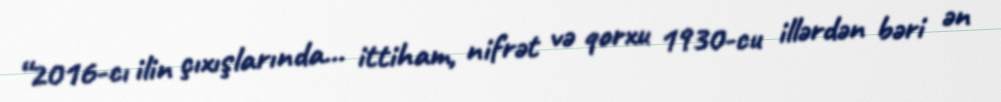
“2016-cı ilin çıxışlarında... ittiham, nifrət və qorxu 1930-cu illərdən bəri ən